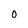
Character: 0